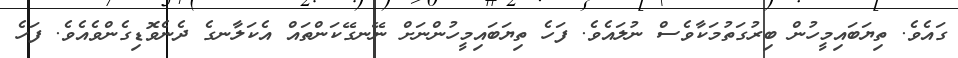
ގައެވެ. ތިޔަބައިމީހުން ބިރުގަތުމަކާވެސް ނުލައެވެ. ފަހެ ތިޔަބައިމީހުންނަށް ނޭނގޭކަންތައް އެކަލާނގެ ދެނެވޮޑިގެންވެއެވެ. ފަހެ